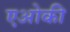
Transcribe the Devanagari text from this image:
एओकी